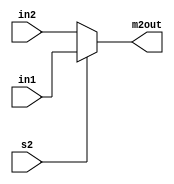
`timescale 1ns / 1ps

module MUX2 (   input [3:0] in1, in2, 
                input s2, 
                output reg [3:0] m2out);

always @ (in1, in2, s2)
begin
    if (s2)
        m2out = in1;
    else
        m2out = in2;
end
endmodule //MUX2